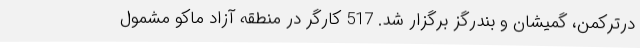
درترکمن، گمیشان و بندرگز برگزار شد. 517 کارگر در منطقه آزاد ماکو مشمول